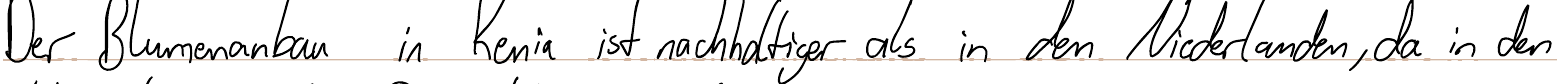
Der Blumenanbau in Kenia ist nachhaltiger als in den Niederlanden, da in den